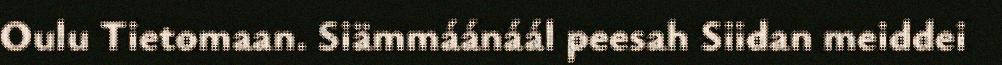
Oulu Tietomaan. Siämmáánáál peesah Siidan meiddei